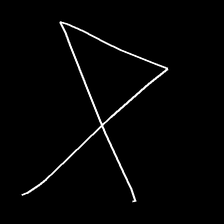
Glyph: collection